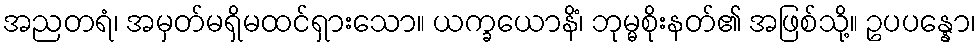
အညတရံ၊ အမှတ်မရှိမထင်ရှားသော။ ယက္ခယောနိံ၊ ဘုမ္မစိုးနတ်၏ အဖြစ်သို့။ ဥပပန္နော၊